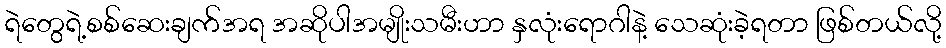
ရဲတွေရဲ့စစ်ဆေးချက်အရ အဆိုပါအမျိုးသမီးဟာ နှလုံးရောဂါနဲ့ သေဆုံးခဲ့ရတာ ဖြစ်တယ်လို့